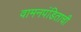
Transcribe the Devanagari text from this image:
वामनपंडिताची